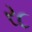
ર૮